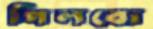
গিলবো